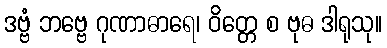
ဒဗ္ဗံ ဘဗ္ဗေ ဂုဏာဓာရေ၊ ဝိတ္တေ စ ဗုဓ ဒါရုသု။